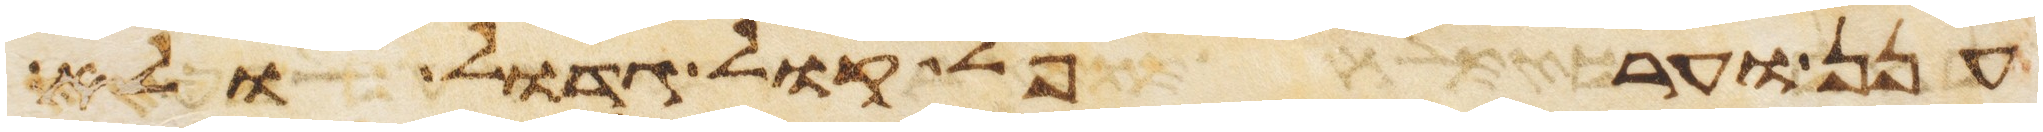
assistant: ענן וערפל קול גדול ולא